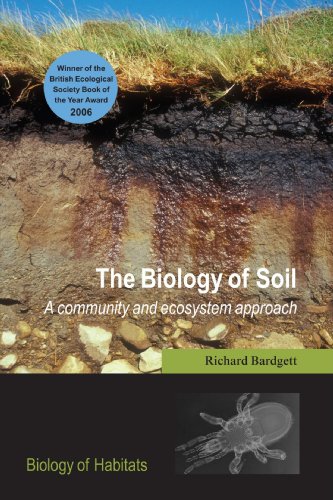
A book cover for The Biology of Soil: A Community and Ecosystem Approach (Biology of Habitats Series); Richard D. Bardgett; Science & Math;